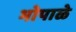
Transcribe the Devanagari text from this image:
भोपाळे